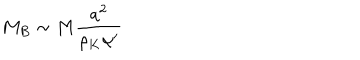
M _ { B } \sim M \frac { a ^ { 2 } } { \rho _ { K } \alpha ^ { \prime } }